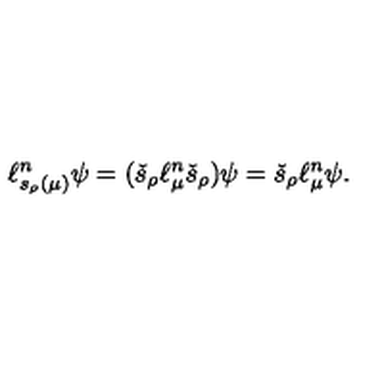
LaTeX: \ell _ { s _ { \rho } ( \mu ) } ^ { n } \psi = ( \check { s } _ { \rho } \ell _ { \mu } ^ { n } \check { s } _ { \rho } ) \psi = \check { s } _ { \rho } \ell _ { \mu } ^ { n } \psi .